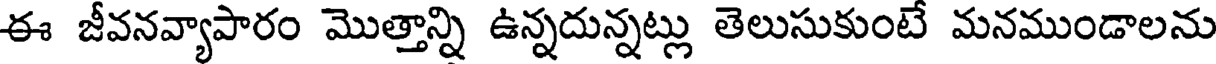
ఈ జీవనవ్యాపారం మొత్తాన్ని ఉన్నదున్నట్లు తెలుసుకుంటే మనముండాలను